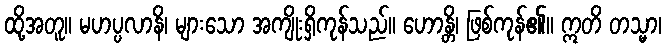
ထို့အတူ။ မဟပ္ပလာနိ၊ များသော အကျိုးရှိကုန်သည်။ ဟောန္တိ၊ ဖြစ်ကုန်၏။ ဣတိ တသ္မာ၊